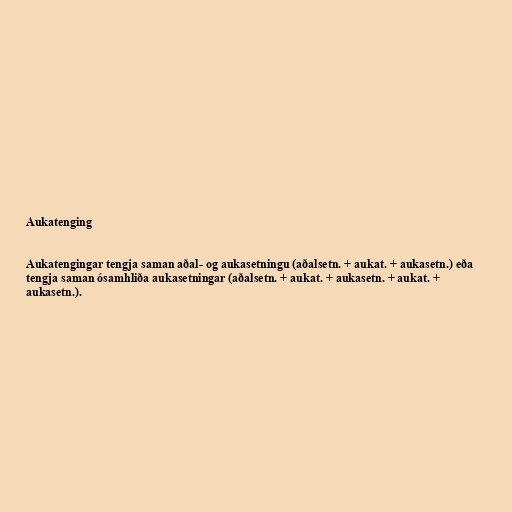
Aukatenging

Aukatengingar tengja saman aðal- og aukasetningu (aðalsetn. + aukat. + aukasetn.) eða
tengja saman ósamhliða aukasetningar (aðalsetn. + aukat. + aukasetn. + aukat. +
aukasetn.).